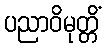
ပညာဝိမုတ္တိံ